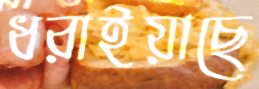
ধরাইয়াছে